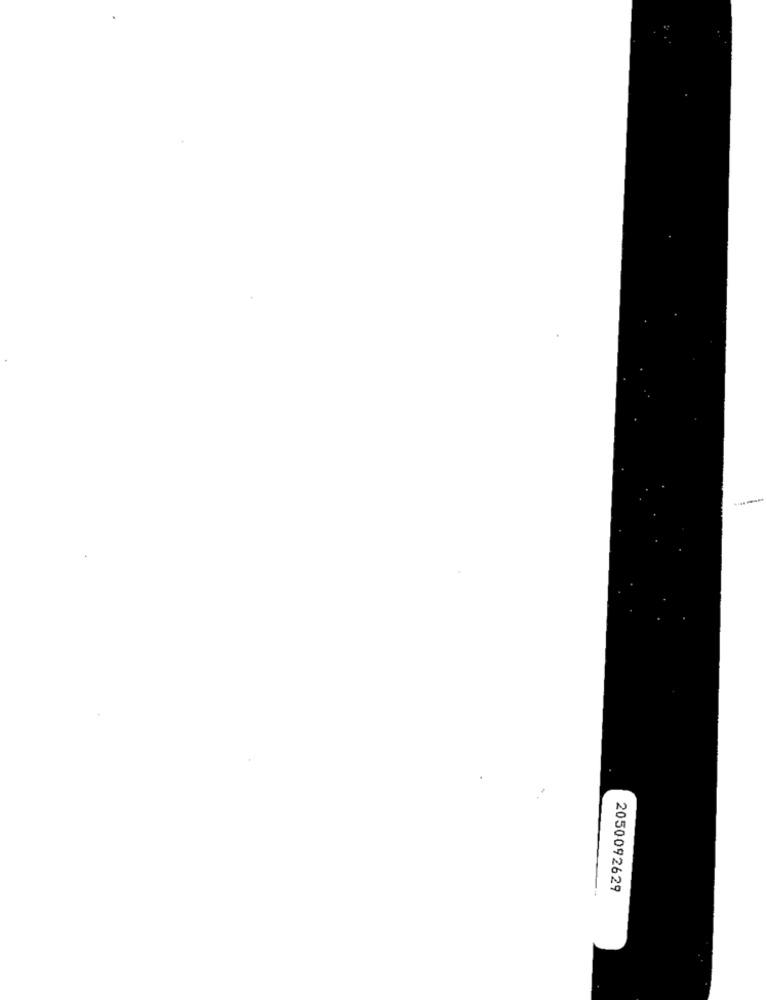
2050092629